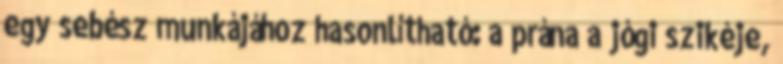
egy sebész munkájához hasonlítható: a prána a jógi szikéje,